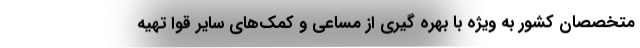
متخصصان کشور به ویژه با بهره گیری از مساعی و کمک‌های سایر قوا تهیه